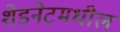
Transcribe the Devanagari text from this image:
शेडनेटमधील